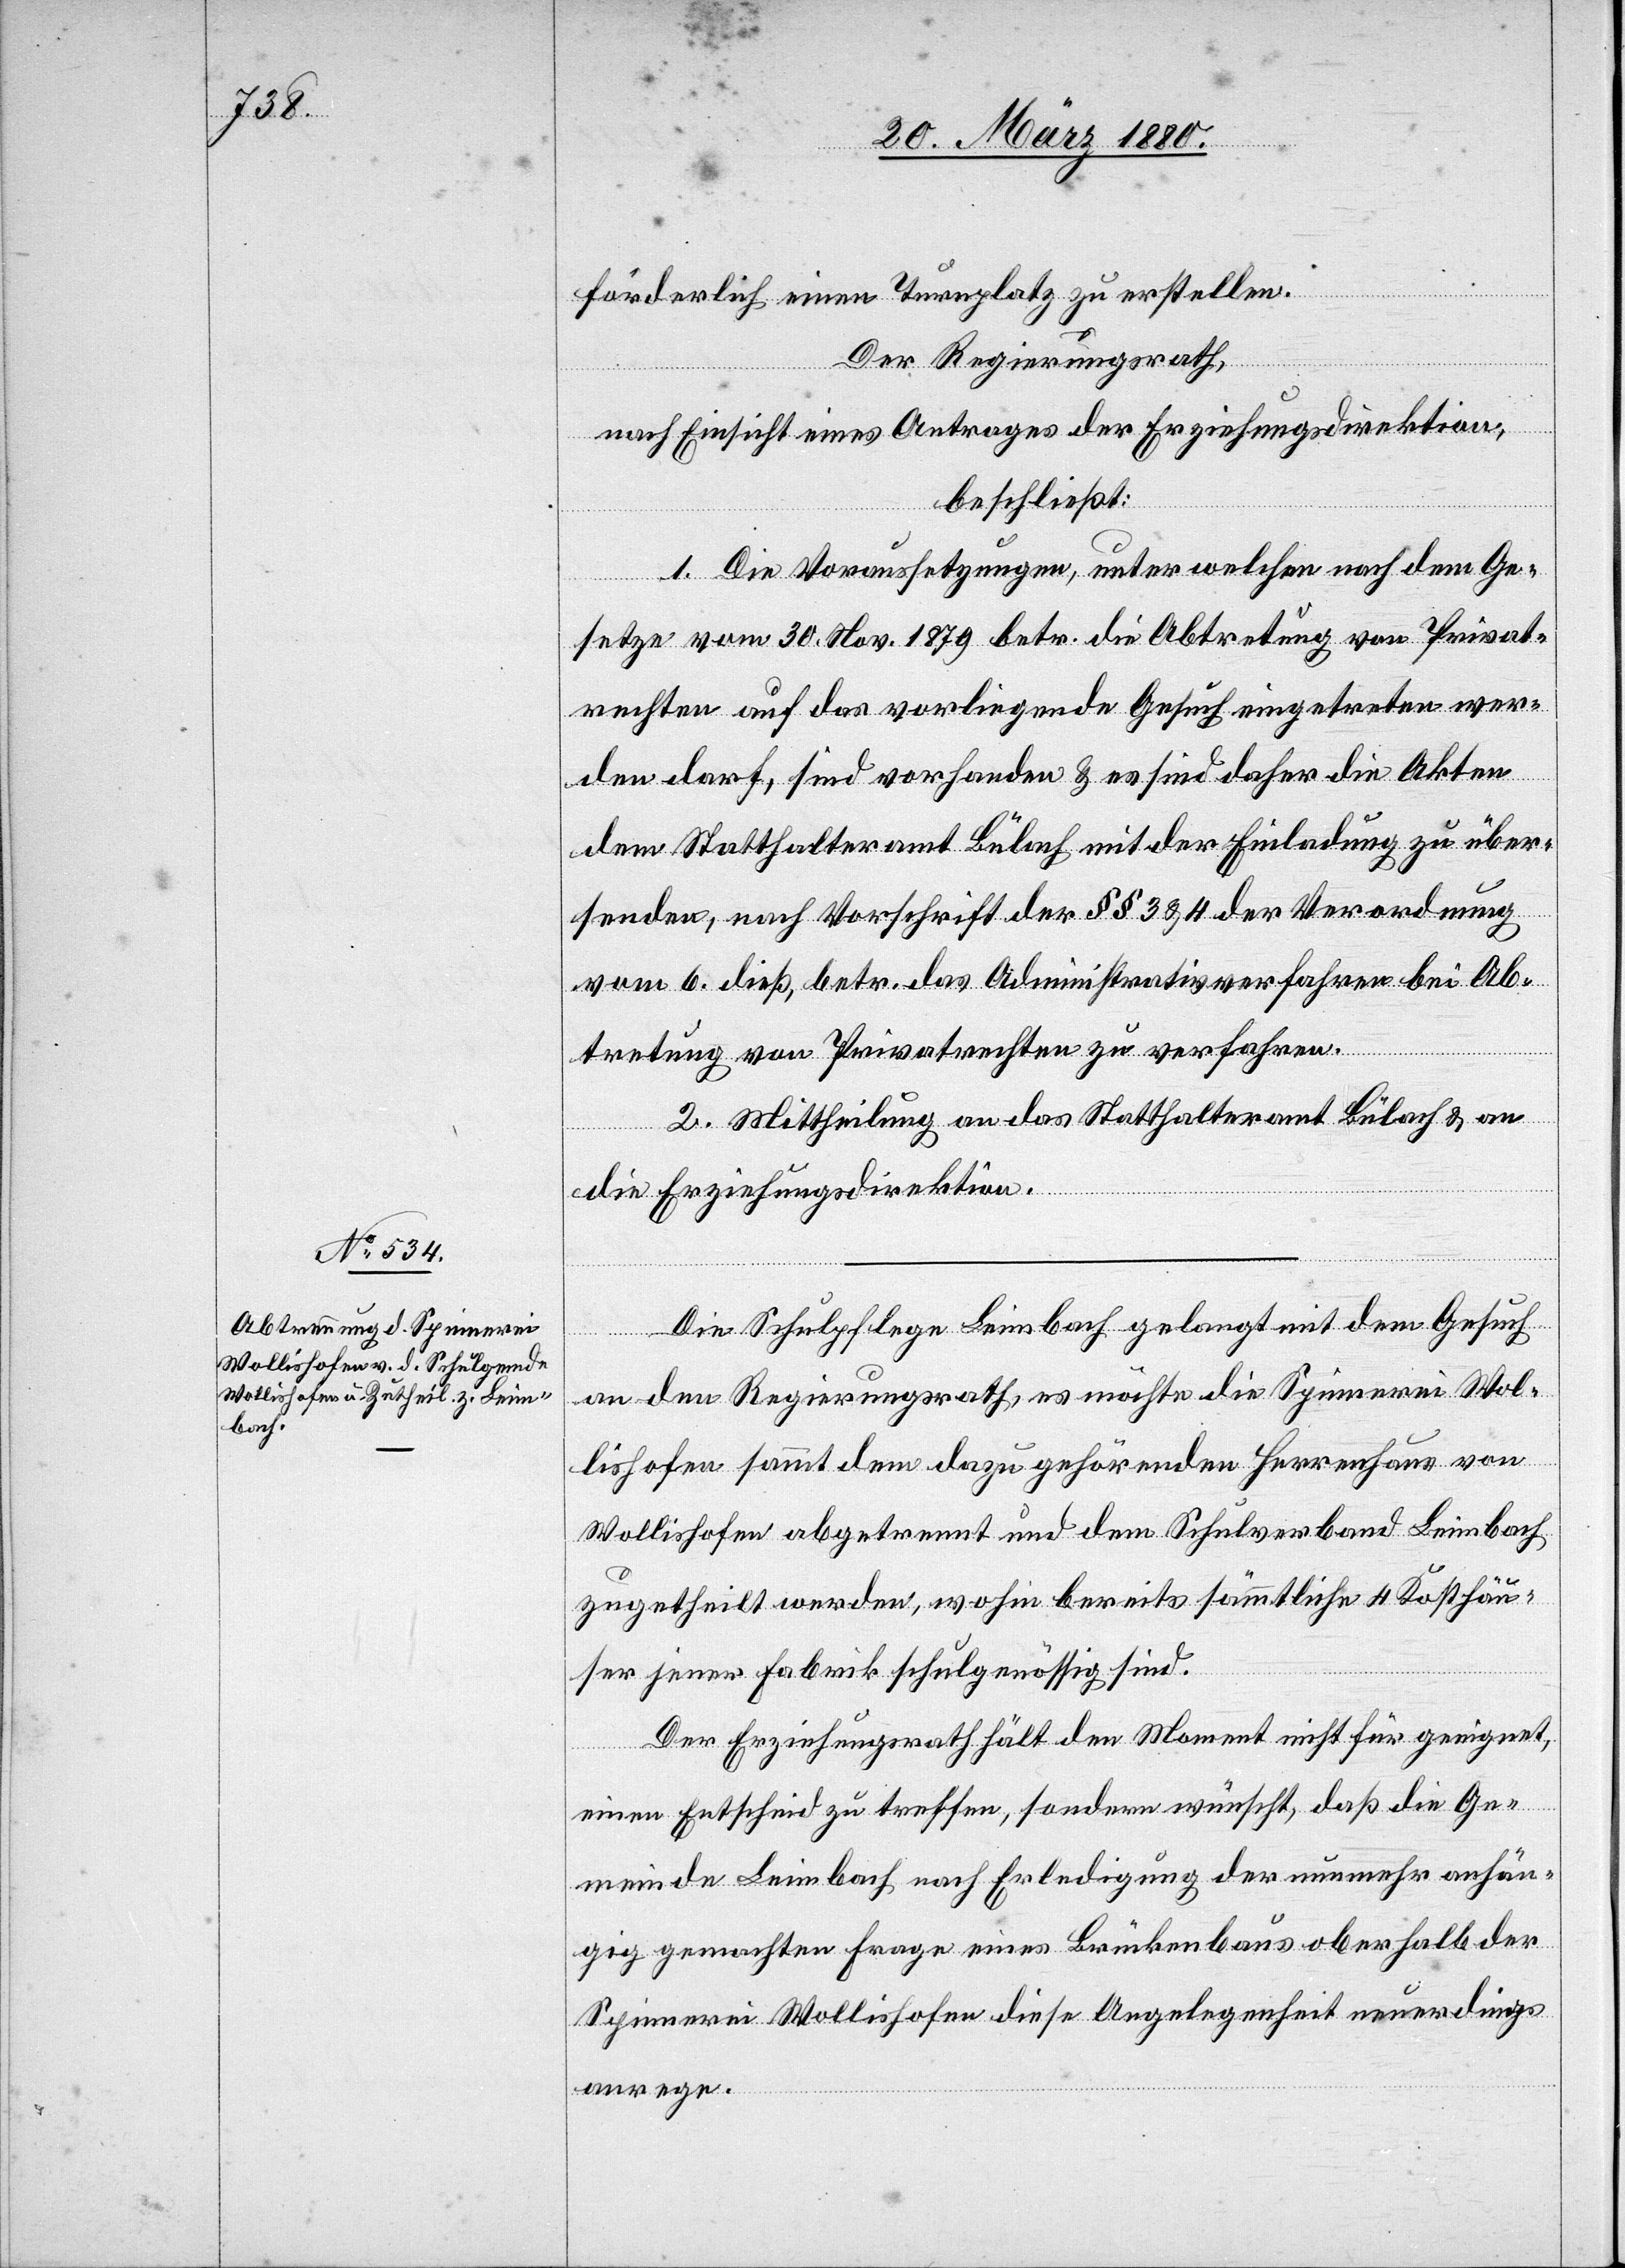
förderlich einen Turnplatz zu erstellen.
Der Regierungsrath,
nach Einsicht eines Antrages der Erziehungsdirektion,
beschließt:
1. Die Voraussetzungen, unter welchen nach dem Ge¬
setze vom 30. Nov. 1879 betr. die Abtretung von Privat¬
rechten auf das vorliegende Gesuch eingetreten wer¬
den darf, sind vorhanden & es sind daher die Akten
dem Statthalteramt Bülach mit der Einladung zu über¬
senden, nach Vorschrift der §§ 3 & 4 der Verordnung
vom 6. dieß, betr. das Administrativverfahren bei Ab¬
tretung von Privatrechten zu verfahren.
2. Mittheilung an das Statthalteramt Bülach & an
die Erziehungsdirektion.
Die Schulpflege Leimbach gelangt mit dem Gesuch
an den Regierungsrath, es möchte die Spinnerei Wol¬
lishofen sammt dem dazu gehörenden Herrenhaus von
Wollishofen abgetrennt und dem Schulverband Leimbach
zugetheilt werden, wohin bereits sämmtliche 4 Kosthäu¬
ser jener Fabrik schulgenössig sind.
Der Erziehungsrath hält den Moment nicht für geeignet,
einen Entscheid zu treffen, sondern wünscht, daß die Ge¬
meinde Leimbach nach Erledigung der nunmehr anhän¬
gig gemachten Frage eines Brückenbaus oberhalb der
Spinnerei Wollishofen diese Angelegenheit neuerdings
anrege.